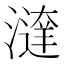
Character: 𣿔